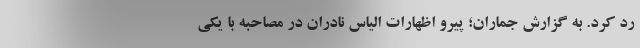
رد کرد. به گزارش جماران؛ پیرو اظهارات الیاس نادران در مصاحبه با یکی